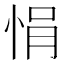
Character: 悁